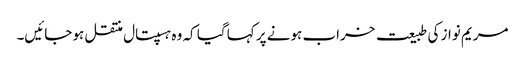
مریم نواز کی طبیعت خراب ہونے پر کہا گیا کہ وہ ہسپتال منتقل ہو جائیں۔